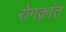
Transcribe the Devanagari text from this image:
रोगक्रांत